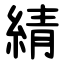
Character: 綪